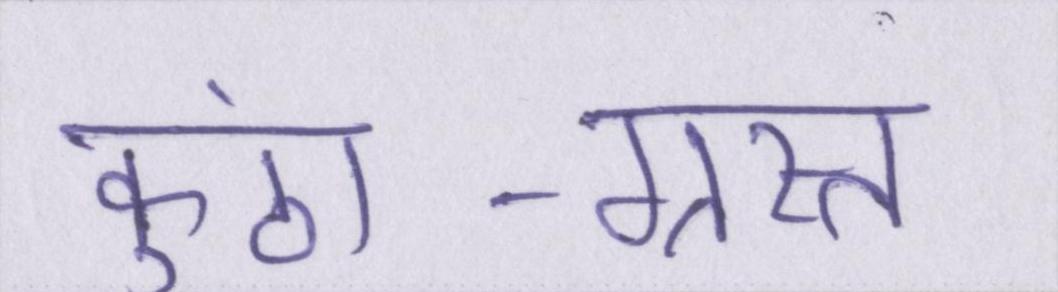
कुंठा-ग्रस्त